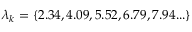
\lambda _ { k } = \{ 2 . 3 4 , 4 . 0 9 , 5 . 5 2 , 6 . 7 9 , 7 . 9 4 . . . \}